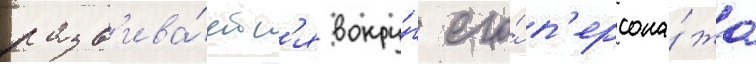
разв'ива́етс'я вокру́г его́ п'ерсона́жа